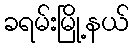
ခရမ်းမြို့နယ်